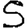
Digit: 5